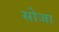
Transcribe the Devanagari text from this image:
सोजा